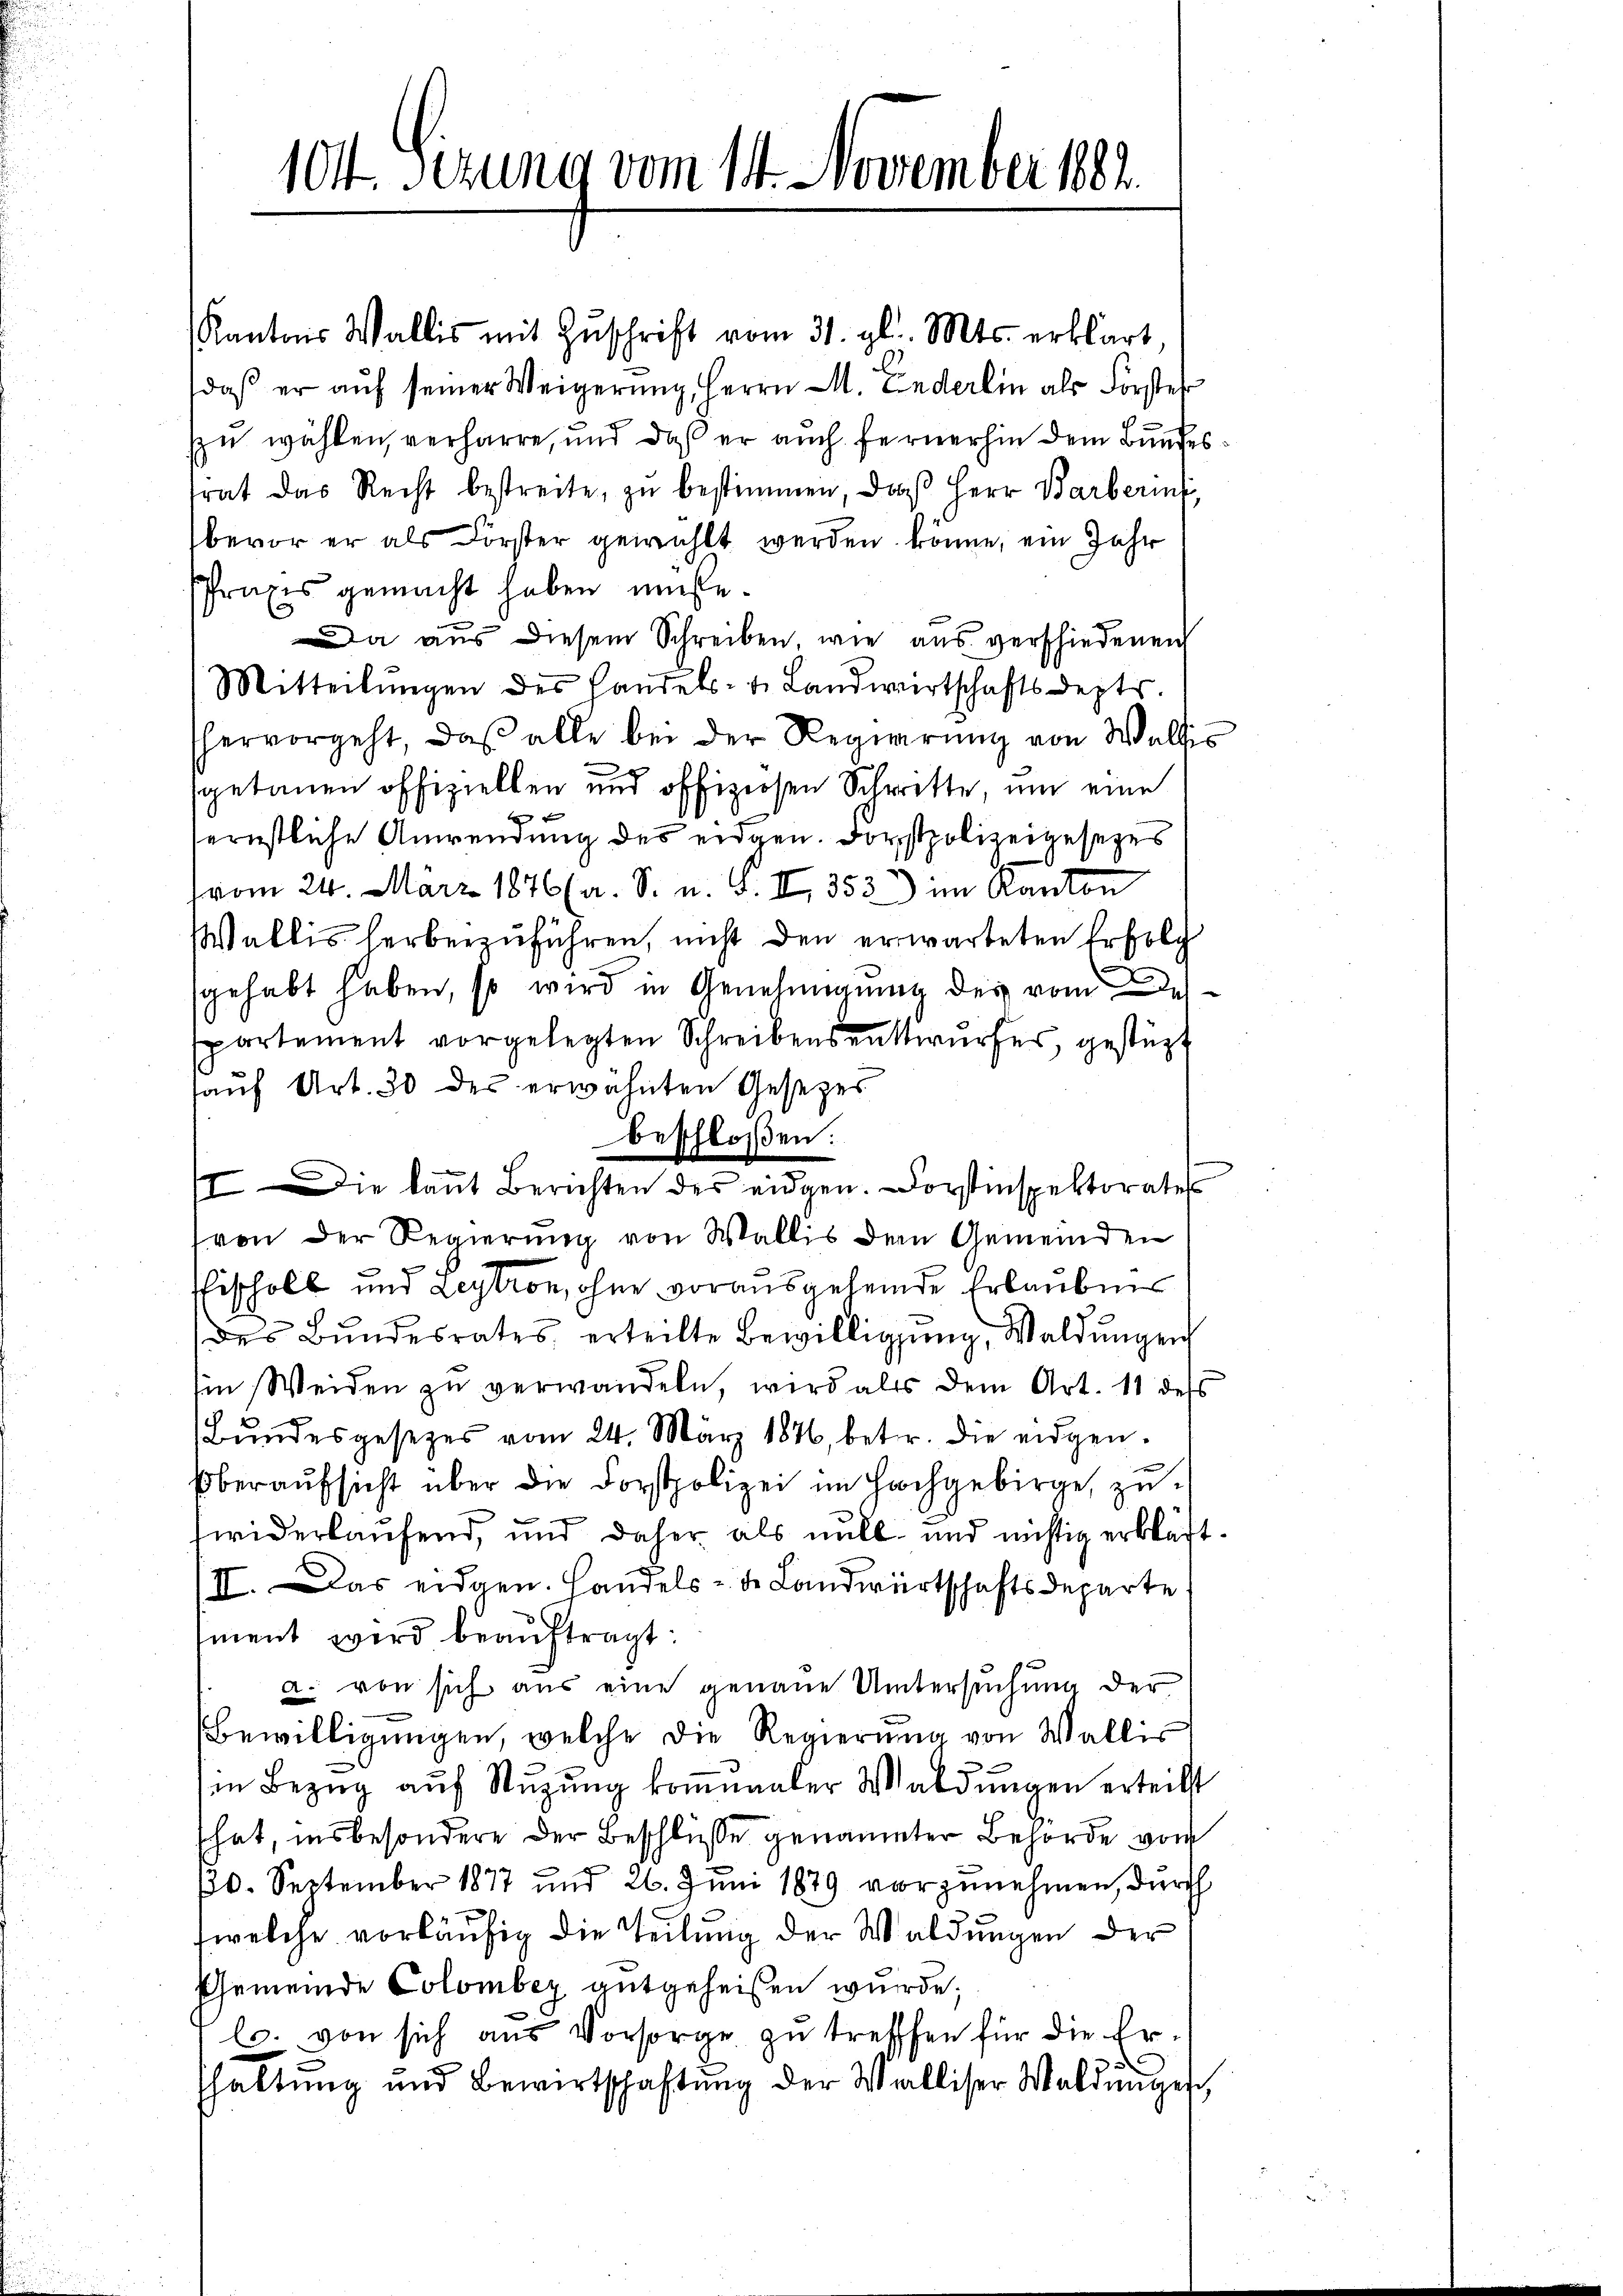
104. Sizung vom 14. November 1882

Kantons Wallis mit Zŭschrift vom 31. gl. Mts. erklärt
daß er auf seiner Weigerung, Herrn M. Enderlin als Forster
zu wählen, verharre, und daß er auch fernerhin dem Bundestrat das Recht bestreite, zŭ bestimmen, daβ Herr Barberint,
bevor er als Förster gewählt werden könne, ein Jahr
Praxis gemacht haben müße.
.
Da aus diesem Schreiben, wie aus verschiedenen
Mitteilŭngen des Handels- u. Landwirtschaftsdepts.
hervorgeht, daβ alle bei der Regierŭng von Waltis
sgetanen offiziellen und offiziösen Schritte, um eine
ernstliche Anwendung des eidgen. Dorstpolizeigesezes
vom 24. März 1876 (a. S. u. S. II 353) im Kanton
Wallis herbeizuführen, nicht den erwarteten Erfolg
sgehabt haben, so wird in Genehmigung des vom
spartement vorgelegten Schreibensentwurfes, gestüzt
auf Art. 30 des erwähnten Gesetzes
beschloßen:
von der Regierung von Wallis dem Gemeinden
EEischolt und Leytron, ohne vorausgeheide Erlaubnis
des Bŭndesrates erteilte Bewilligŭng, Waldŭngen
Ein Weiden zu verwandeln, wird als dem Art. 11 dess
Bŭndesgesetzes vom 24. März 1876, betr. die eidgen.
e
Oberaŭfsicht über die Forstpolizei im Hochgebirge, zŭ
fwiderlaufend, und daher als nitt. und nichtig erkläft¬
III. Das eidgen. Handels- de Landwirtschaftsdeparte
ment wird beaŭftragt:
a. von sich aus eine genaue Untersuchung der
Bewilligŭngen, welche die Regierŭng von Wallis
in Bezŭg aŭf Stŭzŭng kommander Waldŭngen erteilt
hat, insbesondere der Beschlusse genannter Behörde von
10. September 1877 und 26. Juni 1879 vorzŭnehmen, durch
(welche vorläufig die Teilung der Waldungen der
Gemeinde Colomber gutgeheißen wurde;
l. von sich aus Vorsorge zu treffen für die Ershaltŭng und Bewirtschaftŭng der Walliser Waldungen

Die kannt Berichten des eidgen. Dorstinspektorates